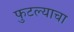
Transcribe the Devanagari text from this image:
फुटल्याचा